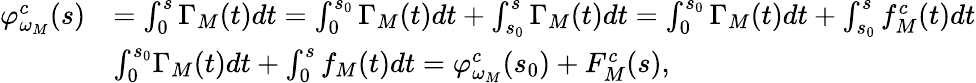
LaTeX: \begin{array}{rl}{\varphi_{\omega_{M}}^{c}(s)}&{=\int_{0}^{s}\Gamma_{M}(t)dt=\int_{0}^{s_{0}}\Gamma_{M}(t)dt+\int_{s_{0}}^{s}\Gamma_{M}(t)dt=\int_{0}^{s_{0}}\Gamma_{M}(t)dt+\int_{s_{0}}^{s}f_{M}^{c}(t)dt}\\ &{\le\int_{0}^{s_{0}}\Gamma_{M}(t)dt+\int_{0}^{s}f_{M}(t)dt=\varphi_{\omega_{M}}^{c}(s_{0})+F_{M}^{c}(s),}\end{array}